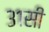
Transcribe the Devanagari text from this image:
३१सी